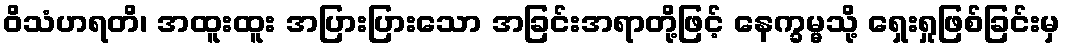
ဝိသံဟရတိ၊ အထူးထူး အပြားပြားသော အခြင်းအရာတို့ဖြင့် နေက္ခမ္မသို့ ရှေးရှုဖြစ်ခြင်းမှ